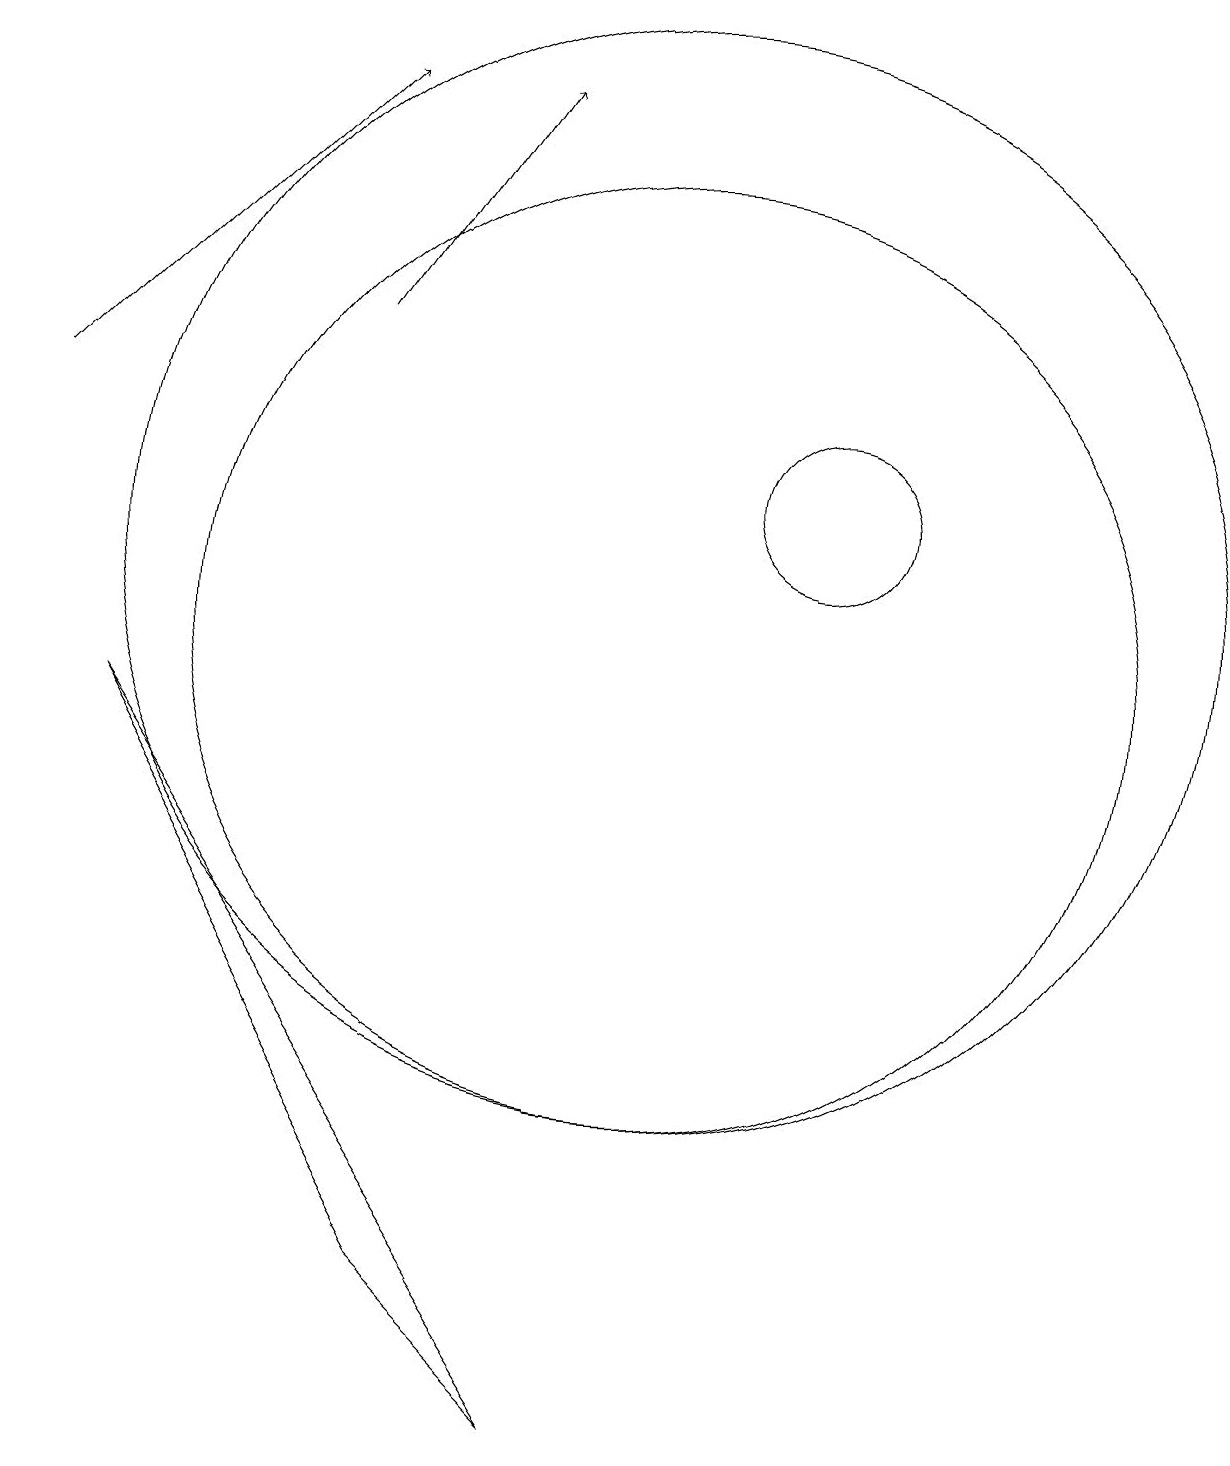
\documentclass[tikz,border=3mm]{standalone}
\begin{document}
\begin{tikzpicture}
\draw (12,12) circle (1);
\draw (10,11) circle (7);
\draw[->] (2,13) -- (6,17);
\draw[->] (6,14) -- (8,17);
\draw (10,10) circle (6);
\draw (3,9) -- (7,2) -- (9,0) -- cycle;
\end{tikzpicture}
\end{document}